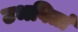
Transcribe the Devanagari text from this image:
उभवितां